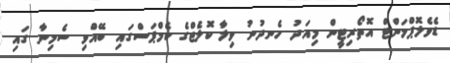
ޑެވެލޮޕްމަންޓް އޮތޯރިޓީން މިއަދު ހެނދުނު ވިލާ ކޮލެޖްގެ ކެމްޕަސްގައި ބޭއްވި ސެމިނާ ގައި